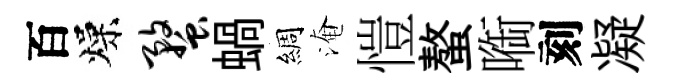
百燥蝥蝸綢淹愷螯㗸刻凝